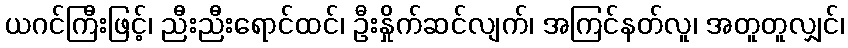
ယဂင်ကြီးဖြင့်၊ ညီးညီးရောင်ထင်၊ ဦးနှိုက်ဆင်လျက်၊ အကြင်နတ်လူ၊ အတူတူလျှင်၊